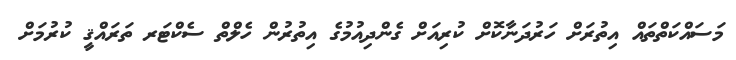
މަސައްކަތްތައް އިތުރަށް ހަރުދަނާކޮށް ކުރިއަށް ގެންދިއުމުގެ އިތުރުން ހެލްތް ސެކްޓަރ ތަރައްޤީ ކުރުމަށް